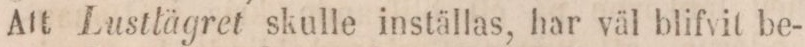
Att Lustlägret skulle inställas, har väl blifvit be-